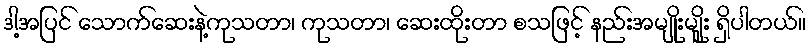
ဒါ့အပြင် သောက်ဆေးနဲ့ကုသတာ၊ ကုသတာ၊ ဆေးထိုးတာ စသဖြင့် နည်းအမျိုးမျိူး ရှိပါတယ်။